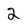
Character: 2